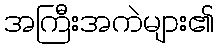
အကြီးအကဲများ၏